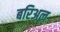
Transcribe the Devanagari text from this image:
बरिअल